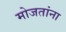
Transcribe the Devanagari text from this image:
मोजतांना